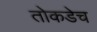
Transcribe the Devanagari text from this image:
तोकडेच